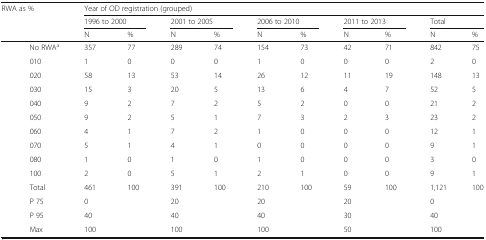
<table><thead><tr><td colspan="2" rowspan="3"><b>RWA as %</b></td><td colspan="10"><b>Year of OD registration (grouped)</b></td></tr><tr><td colspan="2"><b>1996 to 2000</b></td><td colspan="2"><b>2001 to 2005</b></td><td colspan="2"><b>2006 to 2010</b></td><td colspan="2"><b>2011 to 2013</b></td><td colspan="2"><b>Total</b></td></tr><tr><td><b>N</b></td><td><b>%</b></td><td><b>N</b></td><td><b>%</b></td><td><b>N</b></td><td><b>%</b></td><td><b>N</b></td><td><b>%</b></td><td><b>N</b></td><td><b>%</b></td></tr></thead><tbody><tr><td rowspan="10">[EMPTY_CELL]</td><td>No RWA<sup>a</sup></td><td>357</td><td>77</td><td>289</td><td>74</td><td>154</td><td>73</td><td>42</td><td>71</td><td>842</td><td>75</td></tr><tr><td>010</td><td>1</td><td>0</td><td>0</td><td>0</td><td>1</td><td>0</td><td>0</td><td>0</td><td>2</td><td>0</td></tr><tr><td>020</td><td>58</td><td>13</td><td>53</td><td>14</td><td>26</td><td>12</td><td>11</td><td>19</td><td>148</td><td>13</td></tr><tr><td>030</td><td>15</td><td>3</td><td>20</td><td>5</td><td>13</td><td>6</td><td>4</td><td>7</td><td>52</td><td>5</td></tr><tr><td>040</td><td>9</td><td>2</td><td>7</td><td>2</td><td>5</td><td>2</td><td>0</td><td>0</td><td>21</td><td>2</td></tr><tr><td>050</td><td>9</td><td>2</td><td>5</td><td>1</td><td>7</td><td>3</td><td>2</td><td>3</td><td>23</td><td>2</td></tr><tr><td>060</td><td>4</td><td>1</td><td>7</td><td>2</td><td>1</td><td>0</td><td>0</td><td>0</td><td>12</td><td>1</td></tr><tr><td>070</td><td>5</td><td>1</td><td>4</td><td>1</td><td>0</td><td>0</td><td>0</td><td>0</td><td>9</td><td>1</td></tr><tr><td>080</td><td>1</td><td>0</td><td>1</td><td>0</td><td>1</td><td>0</td><td>0</td><td>0</td><td>3</td><td>0</td></tr><tr><td>100</td><td>2</td><td>0</td><td>5</td><td>1</td><td>2</td><td>1</td><td>0</td><td>0</td><td>9</td><td>1</td></tr><tr><td>[EMPTY_CELL]</td><td>Total</td><td>461</td><td>100</td><td>391</td><td>100</td><td>210</td><td>100</td><td>59</td><td>100</td><td>1,121</td><td>100</td></tr><tr><td>[EMPTY_CELL]</td><td>P 75</td><td colspan="2">0</td><td colspan="2">20</td><td colspan="2">20</td><td colspan="2">20</td><td colspan="2">0</td></tr><tr><td>[EMPTY_CELL]</td><td>P 95</td><td colspan="2">40</td><td colspan="2">40</td><td colspan="2">40</td><td colspan="2">30</td><td colspan="2">40</td></tr><tr><td>[EMPTY_CELL]</td><td>Max</td><td colspan="2">100</td><td colspan="2">100</td><td colspan="2">100</td><td colspan="2">50</td><td colspan="2">100</td></tr></tbody></table>